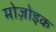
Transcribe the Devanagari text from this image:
मोज़ोइक